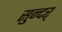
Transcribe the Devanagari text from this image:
सुन्दर्